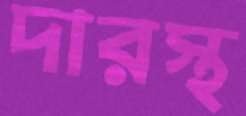
দারস্থ